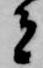
者